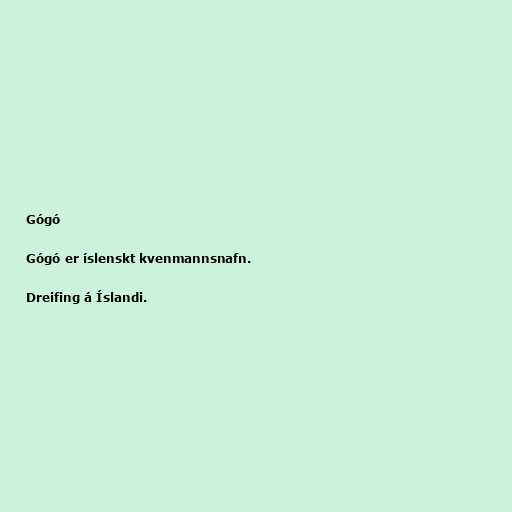
Gógó

Gógó er íslenskt kvenmannsnafn.

Dreifing á Íslandi.